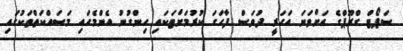
ސަޕޯޓް ގްރޫޕްގެ އަށްވަނަ އަހަރީ ދުވަސް ފާހަގަ ކުރުމަށްޓަކައި ހިންގުނު އެންމެހައި މަސައްކަތްތަކުގައި